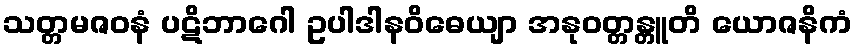
သတ္တမဇဝနံ ပဋိဘာဂေါ ဥပါဒါနဝိဓေယျာ အနုဝတ္တန္တူတိ ယောဇနိကံ